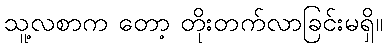
သူ့လစာက တော့ တိုးတက်လာခြင်းမရှိ။